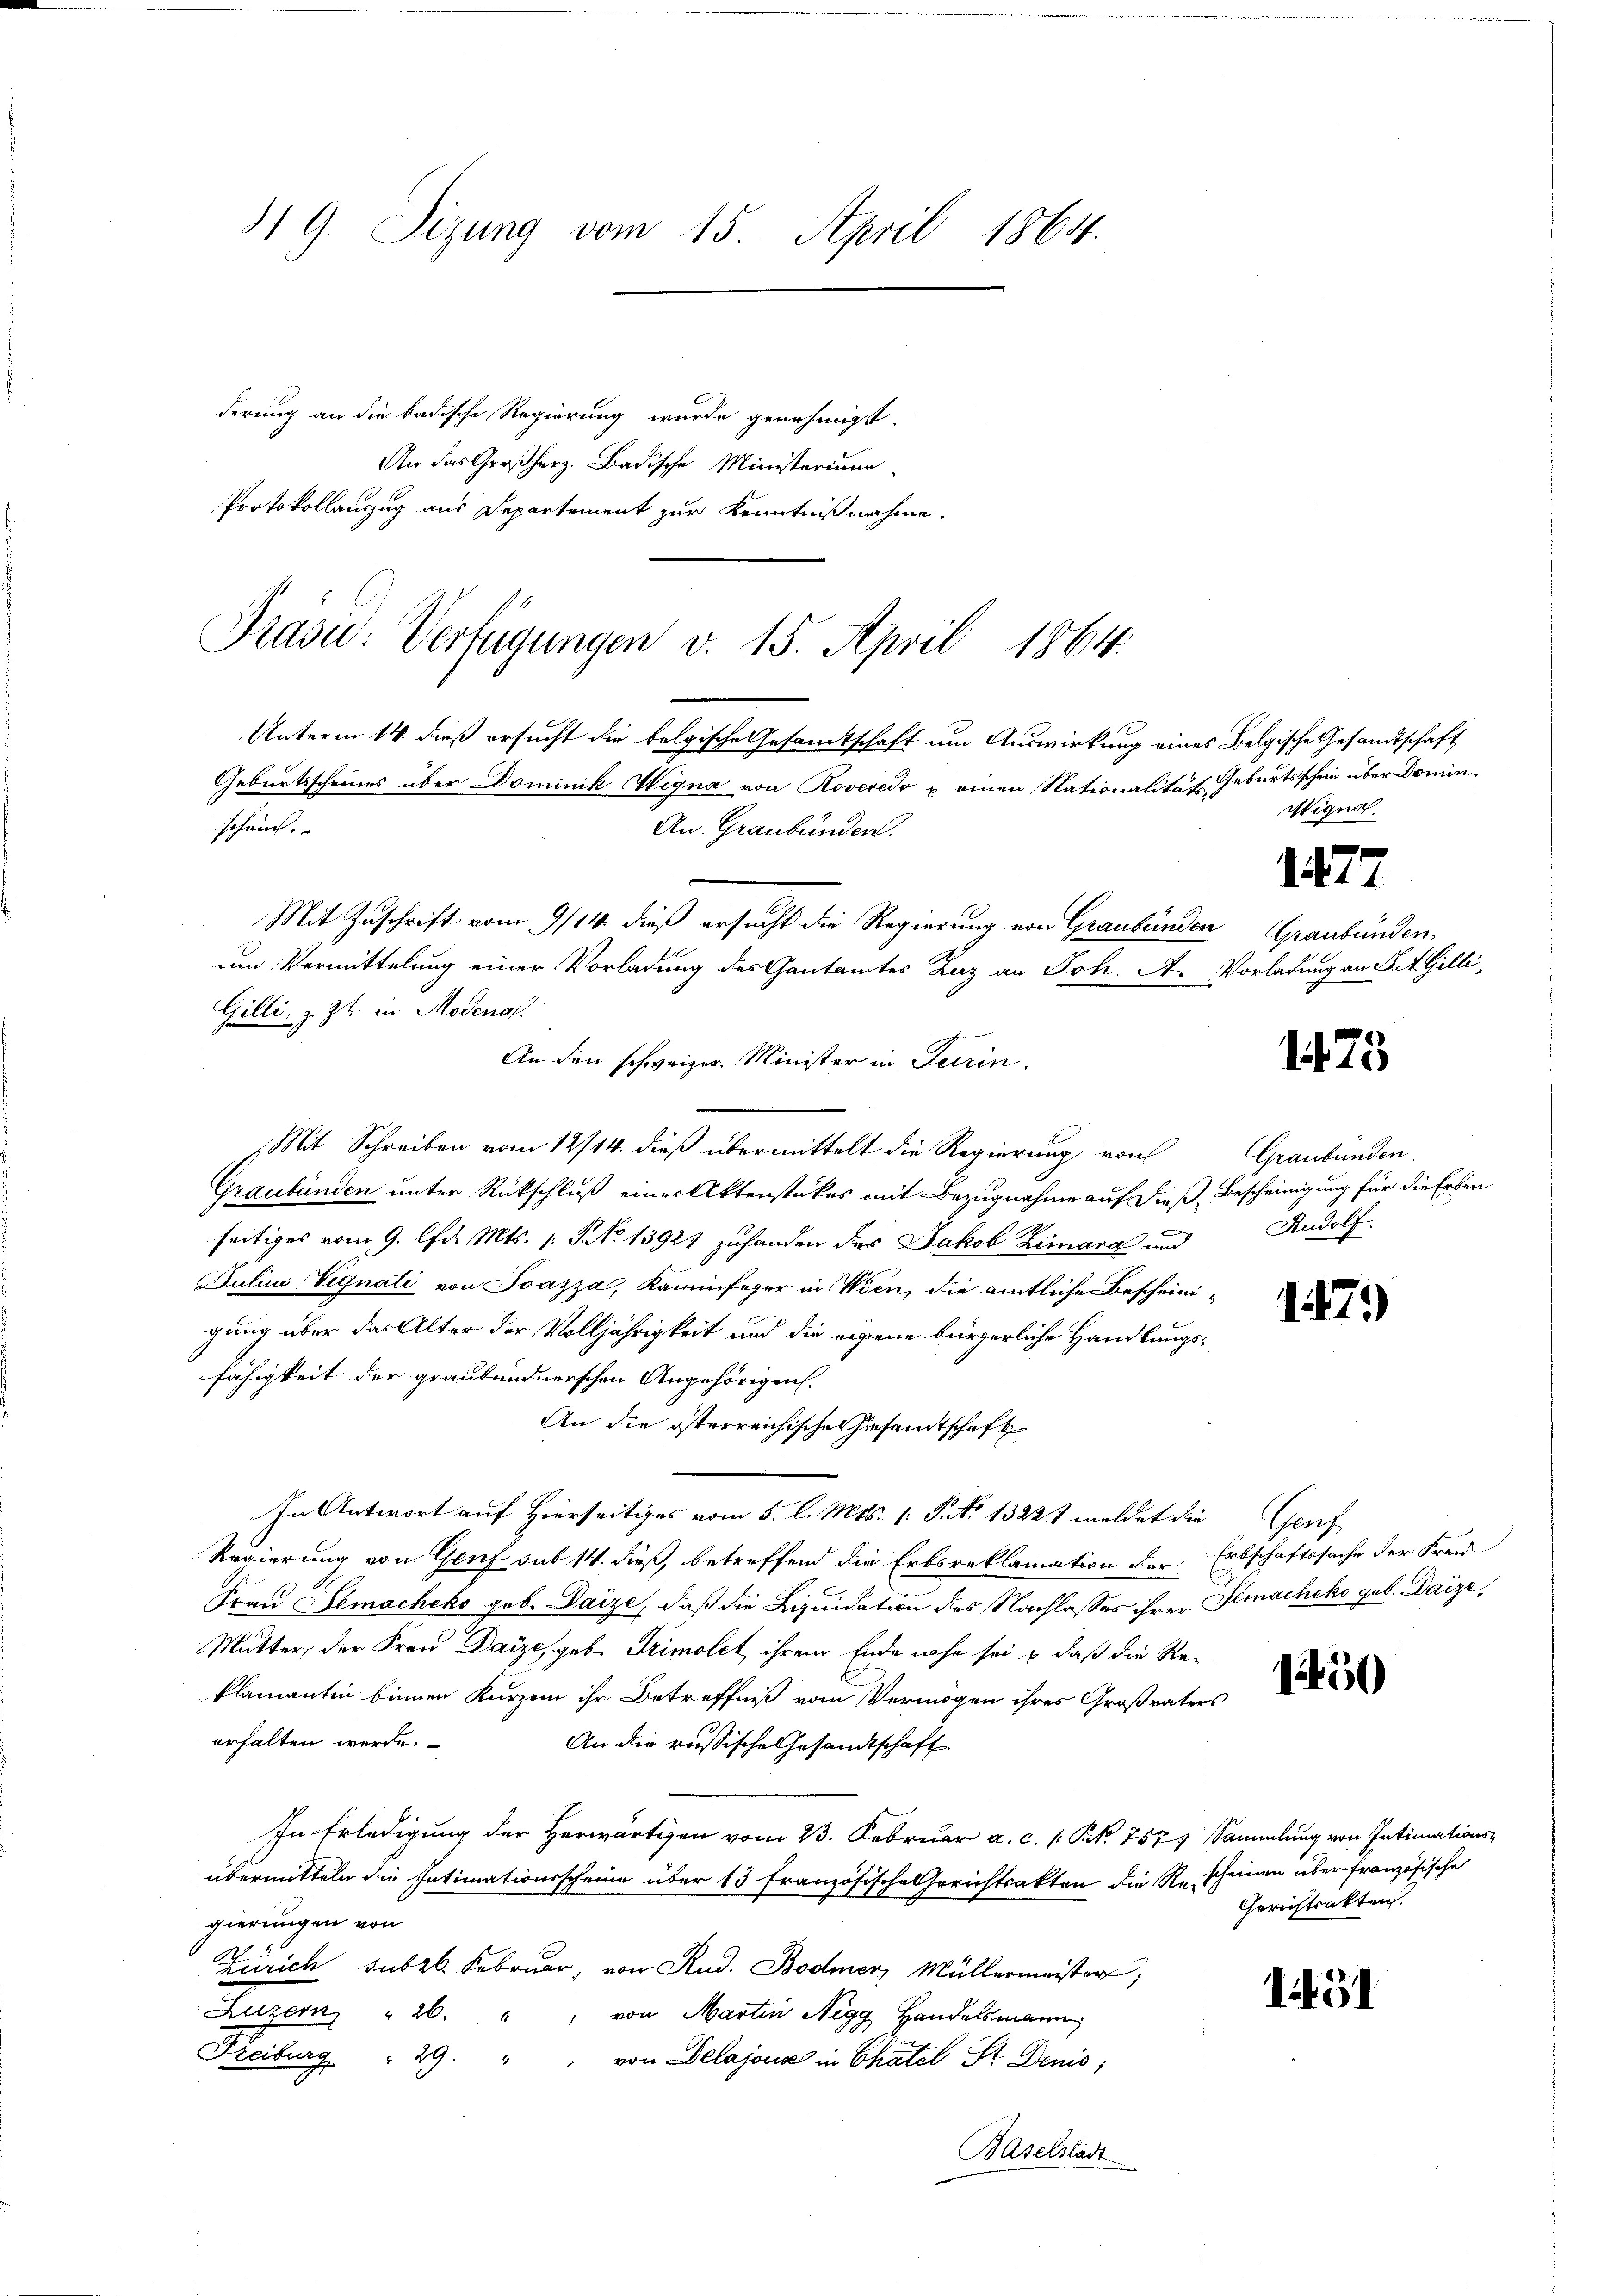
819. Sizung vom 15. April 1864.
derung an die badische Regierung wurde genehmigt.
An das Großherz. Badische Ministerium

Protokollauszug aus Departement zur Kenntnißnahme.

Präsid.: Verfügungen v. 15. April 1864.

Unterm 14. dieß ersucht die folgische Gesamtschaft um Auswirkung eines Belgische Gesandtschaft
Geburtsscheines über Dominik Hegna von Roveredo u einen Nationalität Geburtsschein über Dominscheint.
An. Graubünden.
Mit Zuschrift vom 9/14. dieß ersucht die Regierung von Graubünden
um Vermittelung einer Vorladung des Gantamtes Zug an Joh. A. Vorladung an St. Gilli
Gilli, z. Zt. in Modenal.
An den schweizer. Minister in Turin.
e
Mit Schreiben vom 12/14. dieß übermittelt die Regierung von
Graubünden unter Rückschluß einer Aktenstückes mit Bezugnahme auf dieß Bescheinigung für die Erben
seitiges vom 9. lfd. Mts. 1 S. No 13921 zuhanden des Jakob Zimara und
Julius, Vignati von Ioazza, Kaminfeger in Wien, die amtliche Bescheinigung über das Alter der Volljährigkeit und die eigene bürgerliche Handlungsfähigkeit der graubündnerschen Angehörigen.
An die österreichische Gesamtschaft
In Antwort auf Hierseitiges vom 5. l. Mts. 1. P. No 1322 t meldet die Genf
Regierung von Genf sub 14. dieß, betreffend die Erbsreklamation der Erbschaftssache der Fran
Frau Gemacheko geb. Daize, daß die Liquidation des Nachlasses ihrer Gemacheko geb. Daize
Mutter, der Frau Daize, geb. Trimolet ihrem Ende nahe sei u. daß die Re-
Plamantin binnen Kurzem ihr Betreffniß vom Vermögen ihres Großvaters
erhalten werde.
An die russische Gesandtschaft
In Erledigung der Herwärtigen vom 23. Februar a. c. s. S. 757, Sammlung von Intimations-
übermitteln die Intimationsscheine über 13 Französische Gerichtsakten die K. scheinen über französische
gierungen von
Zürich subrl. Februar, von Rud. Bodmerz Müllermeister;
Luzern 26. " " von Martin Negg, Handelsmann
Freiburg " 29. " " von Delajoux in Chatel St. Denis;
Baselstadt

Wigno

1477

Graubünden.

1475

Graubünden.
Rudolf.

147)

1450

1451

Gerichtsakten.